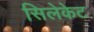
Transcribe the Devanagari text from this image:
सिलेकेट